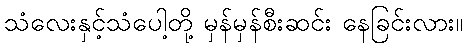
သံလေးနှင့်သံပေါ့တို့ မှန်မှန်စီးဆင်း နေခြင်းလား။